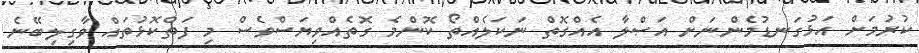
ކުރުމަށް އަޅުގަނޑުމެންނަށް އަޞްލާ އެއްގޮތް ނަކަލެއްތޯ ކޮންމެ ގޮތެއްވިޔަސްވެސް މި ފަތްކޮޅުތައް ވާގިލިބޭނެ